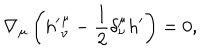
\nabla _ { \mu } \left( { h ^ { \prime } } _ { \nu } ^ { \mu } - \frac 1 2 \delta _ { \nu } ^ { \mu } h ^ { \prime } \right) = 0 ,